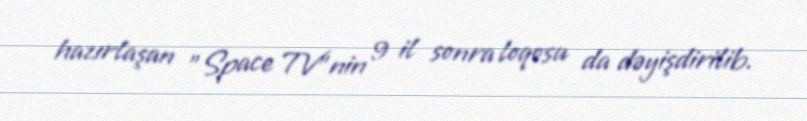
hazırlaşan "Space TV"nin 9 il sonra loqosu da dəyişdirilib.